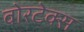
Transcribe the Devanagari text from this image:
वोरटेक्स